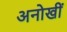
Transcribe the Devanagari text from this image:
अनोखीं